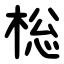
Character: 棇